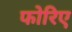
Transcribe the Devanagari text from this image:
फोरिए